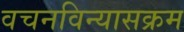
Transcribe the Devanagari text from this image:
वचनविन्यासक्रम